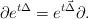
LaTeX: \begin{align*}\partial e^{t \Delta}=e^{t \vec{\Delta}}\partial.\end{align*}